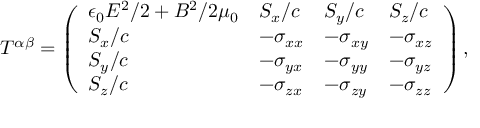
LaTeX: T ^ { \alpha \beta } = { \left( \begin{array} { l l l l } { \epsilon _ { 0 } E ^ { 2 } / 2 + B ^ { 2 } / 2 \mu _ { 0 } } & { S _ { x } / c } & { S _ { y } / c } & { S _ { z } / c } \\ { S _ { x } / c } & { - \sigma _ { x x } } & { - \sigma _ { x y } } & { - \sigma _ { x z } } \\ { S _ { y } / c } & { - \sigma _ { y x } } & { - \sigma _ { y y } } & { - \sigma _ { y z } } \\ { S _ { z } / c } & { - \sigma _ { z x } } & { - \sigma _ { z y } } & { - \sigma _ { z z } } \end{array} \right) } \, ,